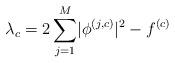
LaTeX: \begin{align*} \lambda_c=2\sum_{j=1}^{M}\lvert\phi^{\left(j,c\right)}\rvert^2-f^{\left(c\right)} \end{align*}